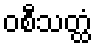
ဝစီသတ္ထံ